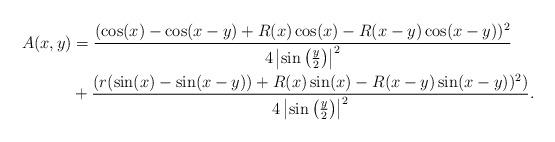
LaTeX: \begin{align*}A(x,y) & = \frac{(\cos(x)-\cos(x-y) + R(x)\cos(x) - R(x-y)\cos(x-y))^{2}}{4\left|\sin\left(\frac{y}{2}\right)\right|^{2}} \\& + \frac{(r(\sin(x)-\sin(x-y))+ R(x)\sin(x) - R(x-y)\sin(x-y))^{2})}{4\left|\sin\left(\frac{y}{2}\right)\right|^{2}}.\end{align*}